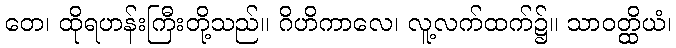
တေ၊ ထိုရဟန်းကြီးတို့သည်။ ဂိဟိကာလေ၊ လူ့လက်ထက်၌။ သာဝတ္ထိယံ၊